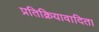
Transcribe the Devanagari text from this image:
प्रतिक्रियावादिता